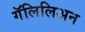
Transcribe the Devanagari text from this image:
गॅलिलिअन